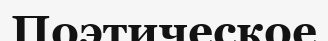
Поэтическое